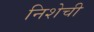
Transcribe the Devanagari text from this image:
निशेची